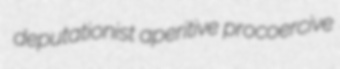
deputationist aperitive procoercive